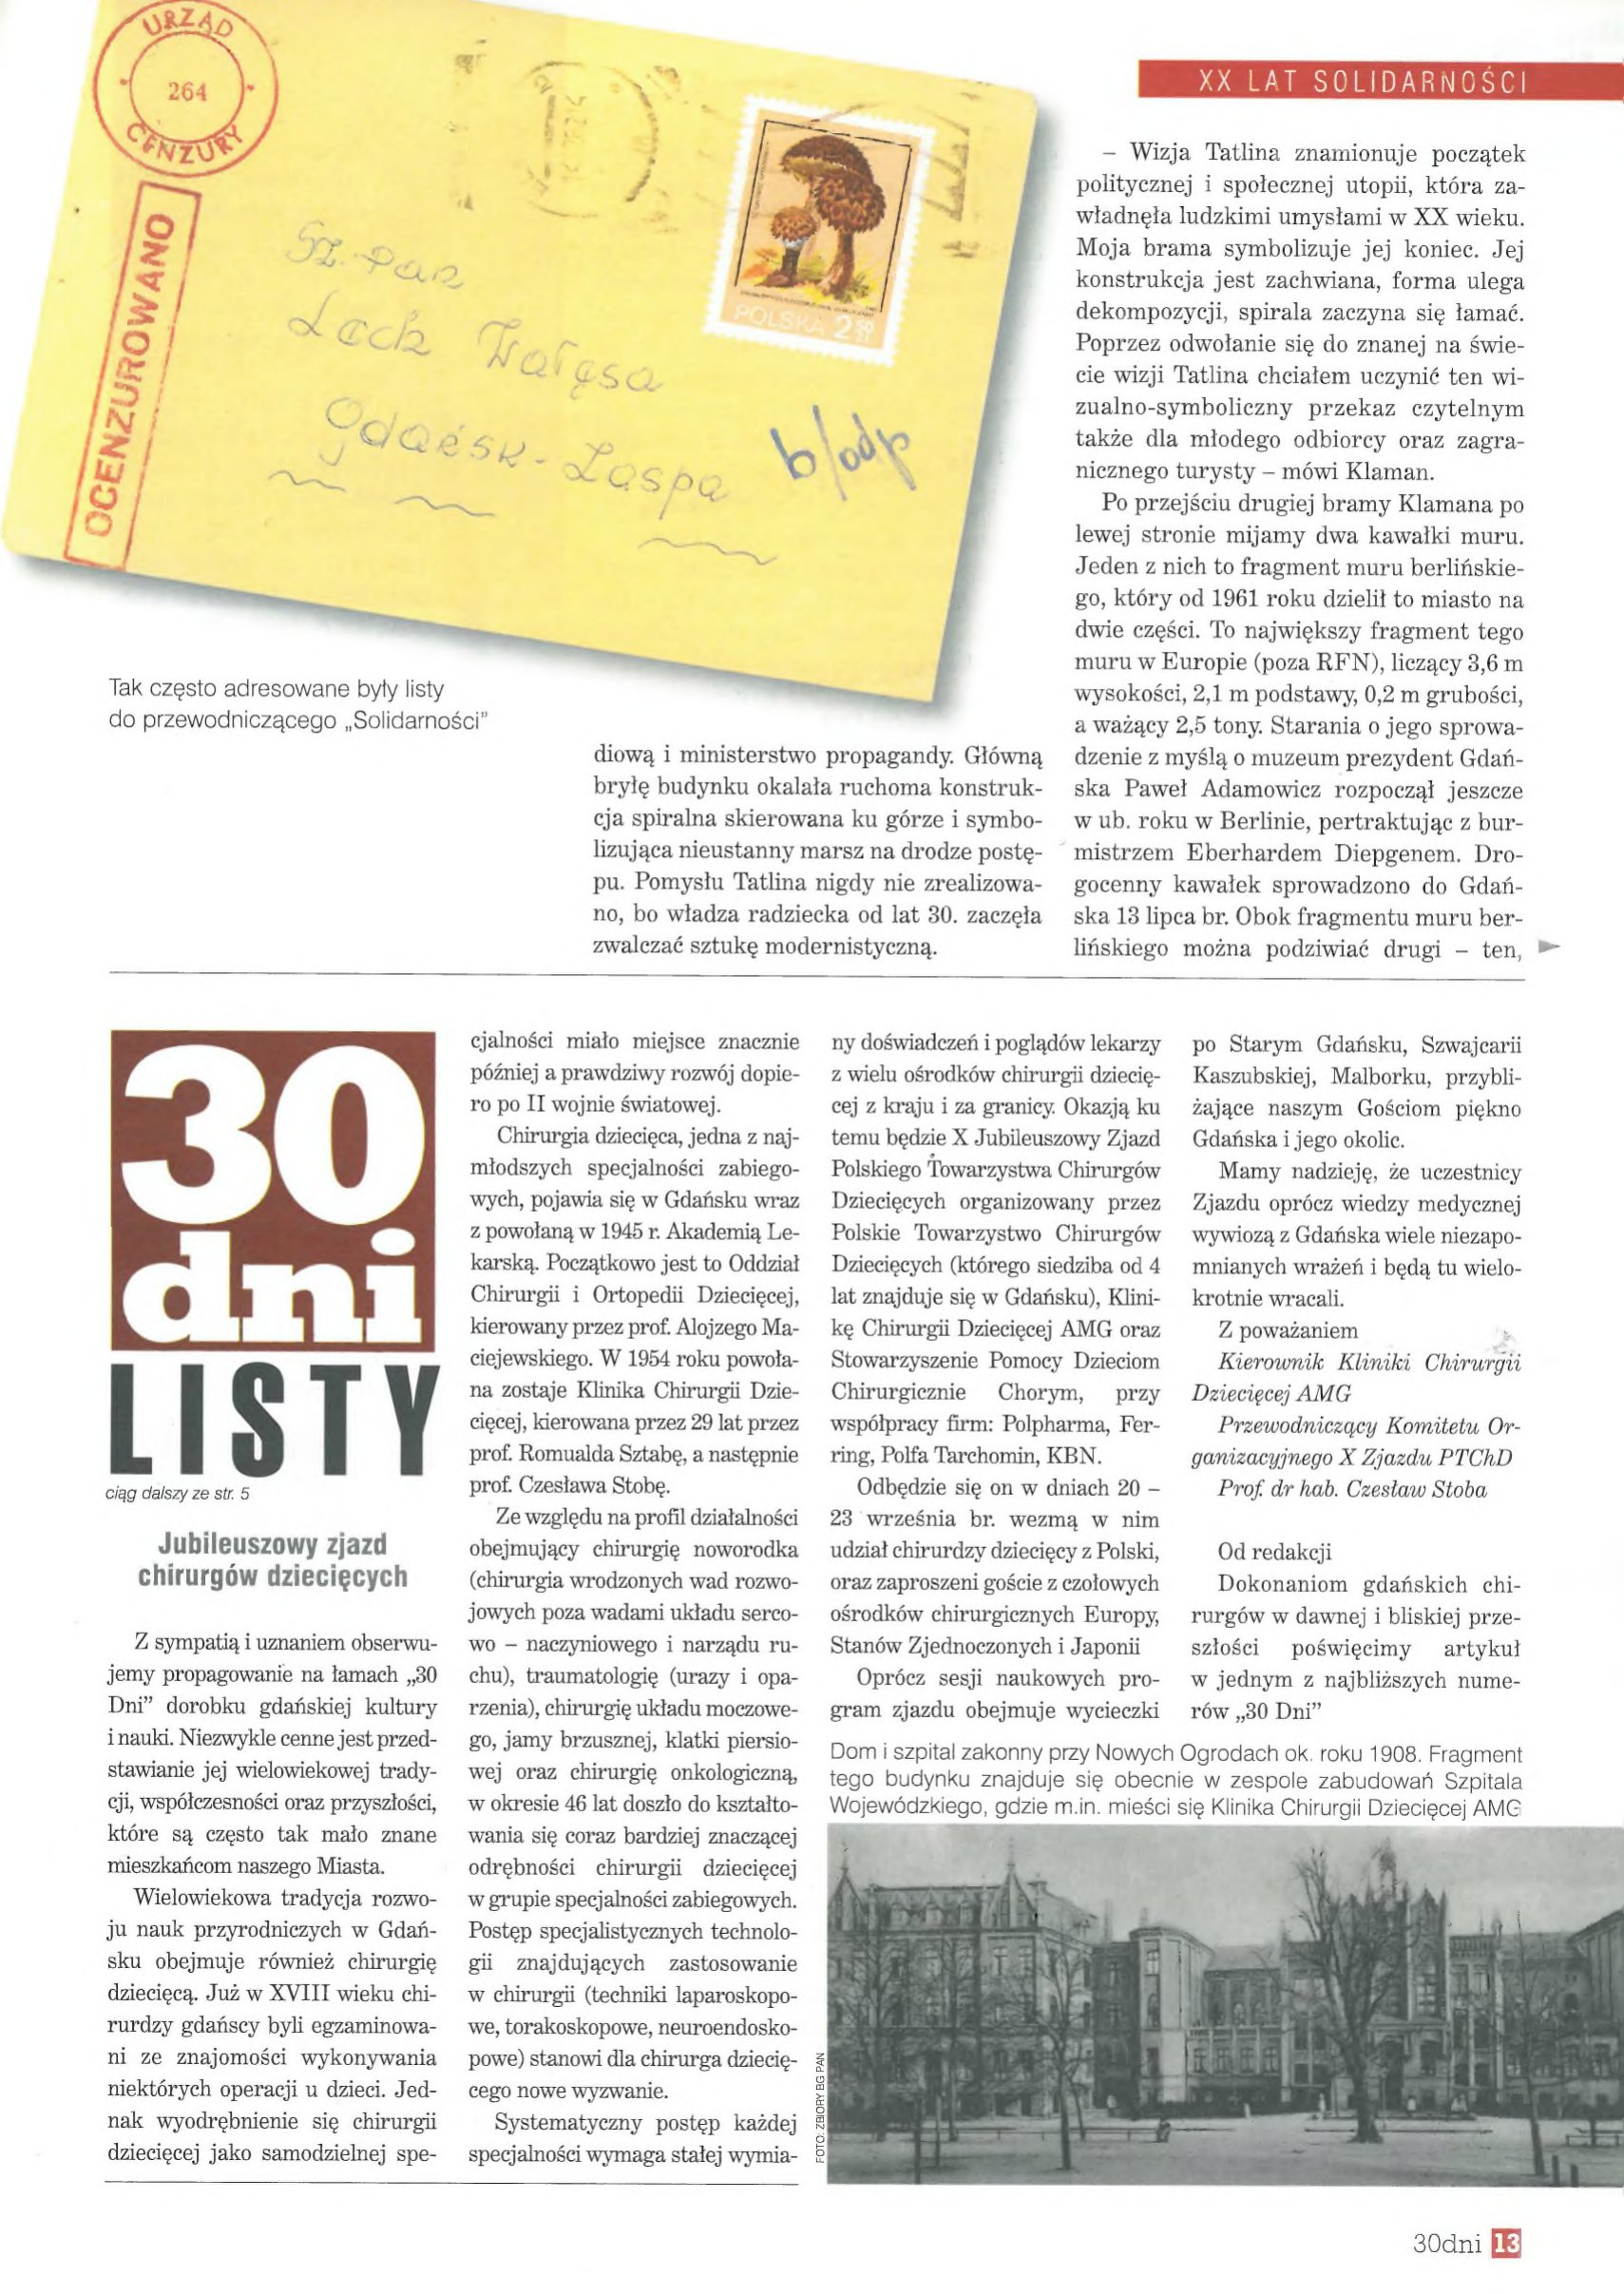
Language: pl